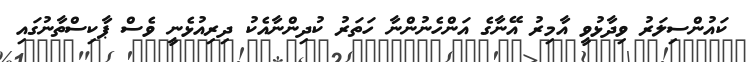
ކައުންސިލަރު ވިދާޅުވީ އާމިރު އޭނާގެ އަންހެނުންނާ ހަތަރު ކުދިންނާއެކު ދިރިއުޅެނީ ވެސް ޕާކިސްތާނުގައި